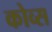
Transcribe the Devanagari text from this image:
कोव्स